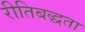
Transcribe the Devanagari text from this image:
रीतिबद्धता